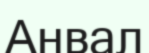
Анвал